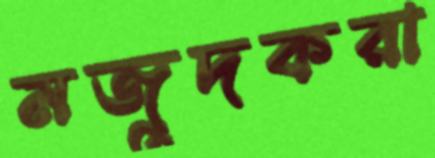
মজুদকরা